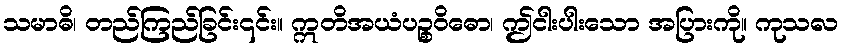
သမာဓိ၊ တည်ကြည်ခြင်း၎င်း။ ဣတိအယံပဉ္စဝိဓော၊ ဤငါးပါးသော အပြားကို။ ကုသလ